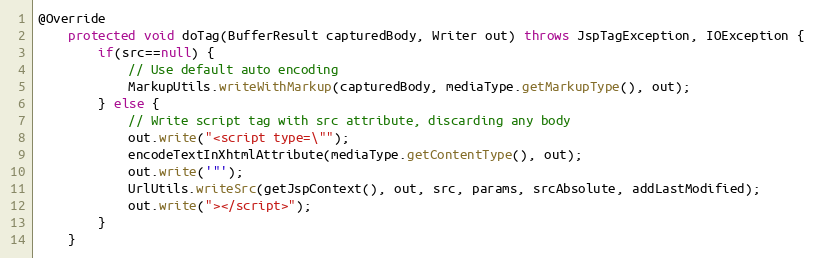
Language: Java
@Override
	protected void doTag(BufferResult capturedBody, Writer out) throws JspTagException, IOException {
		if(src==null) {
			// Use default auto encoding
			MarkupUtils.writeWithMarkup(capturedBody, mediaType.getMarkupType(), out);
		} else {
			// Write script tag with src attribute, discarding any body
			out.write("<script type=\"");
			encodeTextInXhtmlAttribute(mediaType.getContentType(), out);
			out.write('"');
			UrlUtils.writeSrc(getJspContext(), out, src, params, srcAbsolute, addLastModified);
			out.write("></script>");
		}
	}